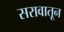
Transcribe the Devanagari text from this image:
सरावातून